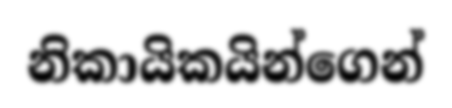
නිකායිකයින්ගෙන්